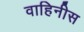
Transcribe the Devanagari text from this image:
वाहिनीस